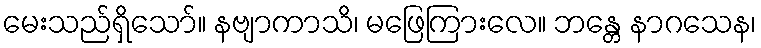
မေးသည်ရှိသော်။ နဗျာကာသိ၊ မဖြေကြားလေ။ ဘန္တေ နာဂသေန၊